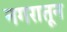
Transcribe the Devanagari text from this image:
नगरातून